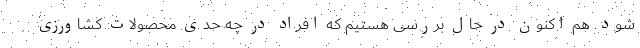
شود. هم اکنون در حال بررسی هستیم که افراد در چه حدی محصولات کشاورزی